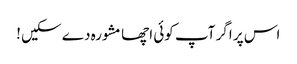
اس پر اگر آپ کوئی اچھا مشورہ دے سکیں !